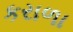
કરાળા